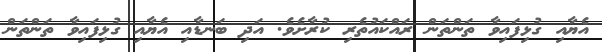
އެޔާއި ގުޅިފައިވާ ތަންތަން ރައްކައުތެރި ކުރާށެވެ. އަދި ބަނޑާއި އެޔާއި ގުޅިފައިވާ ތަންތަން